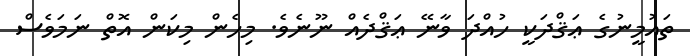
ތައުމީނުގެ ޢަޤްދަކީ ހުއްދަ ވާނޭ ޢަޤްދެއް ނޫނެވެ. މިހެން މިކަން އޮތް ނަމަވެސް